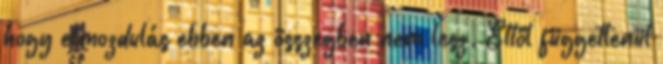
hogy elmozdulás ebben az összegben nem lesz. Ettől függetlenül